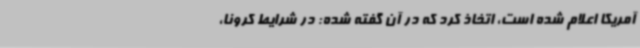
آمریکا اعلام شده است، اتخاذ کرد که در آن گفته شده: در شرایط کرونا،